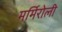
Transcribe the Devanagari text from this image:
मर्मिरोली